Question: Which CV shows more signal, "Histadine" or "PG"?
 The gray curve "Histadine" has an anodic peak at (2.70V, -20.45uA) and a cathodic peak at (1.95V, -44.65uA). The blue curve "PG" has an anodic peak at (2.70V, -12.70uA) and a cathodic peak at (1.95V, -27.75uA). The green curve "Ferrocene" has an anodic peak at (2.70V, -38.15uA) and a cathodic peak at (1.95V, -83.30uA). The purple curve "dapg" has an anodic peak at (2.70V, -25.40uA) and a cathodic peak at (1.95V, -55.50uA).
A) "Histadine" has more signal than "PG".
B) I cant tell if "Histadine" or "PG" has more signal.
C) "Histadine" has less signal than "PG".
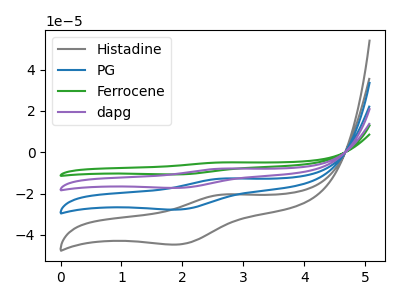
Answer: <think>All the peaks in "Histadine" have a peak in "PG" at the same potential.
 </think>
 <answer>B) I cant tell if "Histadine" or "PG" has more signal.</answer>
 <eval>B</eval>